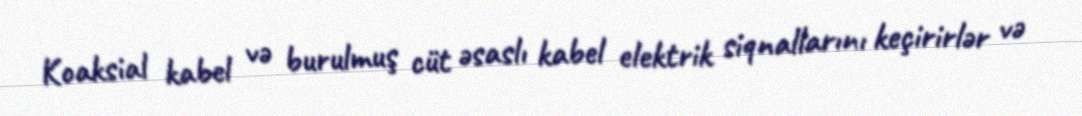
Koaksial kabel və burulmuş cüt əsaslı kabel elektrik siqnallarını keçirirlər və